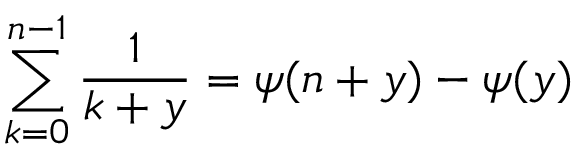
\sum _ { k = 0 } ^ { n - 1 } \frac { 1 } { k + y } = \psi ( n + y ) - \psi ( y )